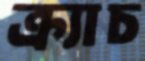
ক্র্যাচ